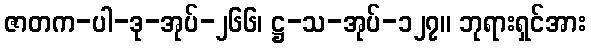
ဇာတက-ပါ-ဒု-အုပ်-၂၆၆၊ ဋ္ဌ-သ-အုပ်-၁၂၇။ ဘုရားရှင်အား